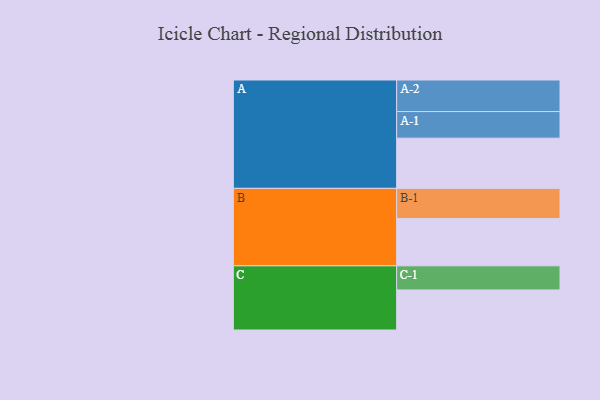
{"axis": {"x": "Segment", "y": "Value"}, "legend": ["", "A", "B", "C"], "data": [{"x": "A", "y": 377, "type": ""}, {"x": "B", "y": 355, "type": ""}, {"x": "C", "y": 301, "type": ""}, {"x": "A-1", "y": 200, "type": "A"}, {"x": "A-2", "y": 237, "type": "A"}, {"x": "B-1", "y": 227, "type": "B"}, {"x": "C-1", "y": 181, "type": "C"}]}